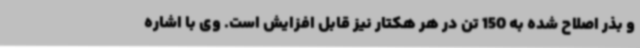
و بذر اصلاح شده به 150 تن در هر هکتار نیز قابل افزایش است. وی با اشاره